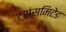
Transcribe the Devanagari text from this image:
ट्रांसमिटेड